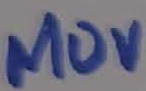
Text: 140V